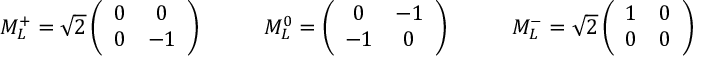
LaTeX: \begin{array} { l l l } { { M _ { L } ^ { + } = \sqrt { 2 } \left( \begin{array} { c c } { { 0 } } & { { 0 } } \\ { { 0 } } & { { - 1 } } \end{array} \right) \; \; \; \; \; \; \; } } & { { M _ { L } ^ { 0 } = \left( \begin{array} { c c } { { 0 } } & { { - 1 } } \\ { { - 1 } } & { { 0 } } \end{array} \right) \; \; \; \; \; \; \; } } & { { M _ { L } ^ { - } = \sqrt { 2 } \left( \begin{array} { c c } { { 1 } } & { { 0 } } \\ { { 0 } } & { { 0 } } \end{array} \right) \; \; \; \; \; \; \; } } \end{array} \; ,